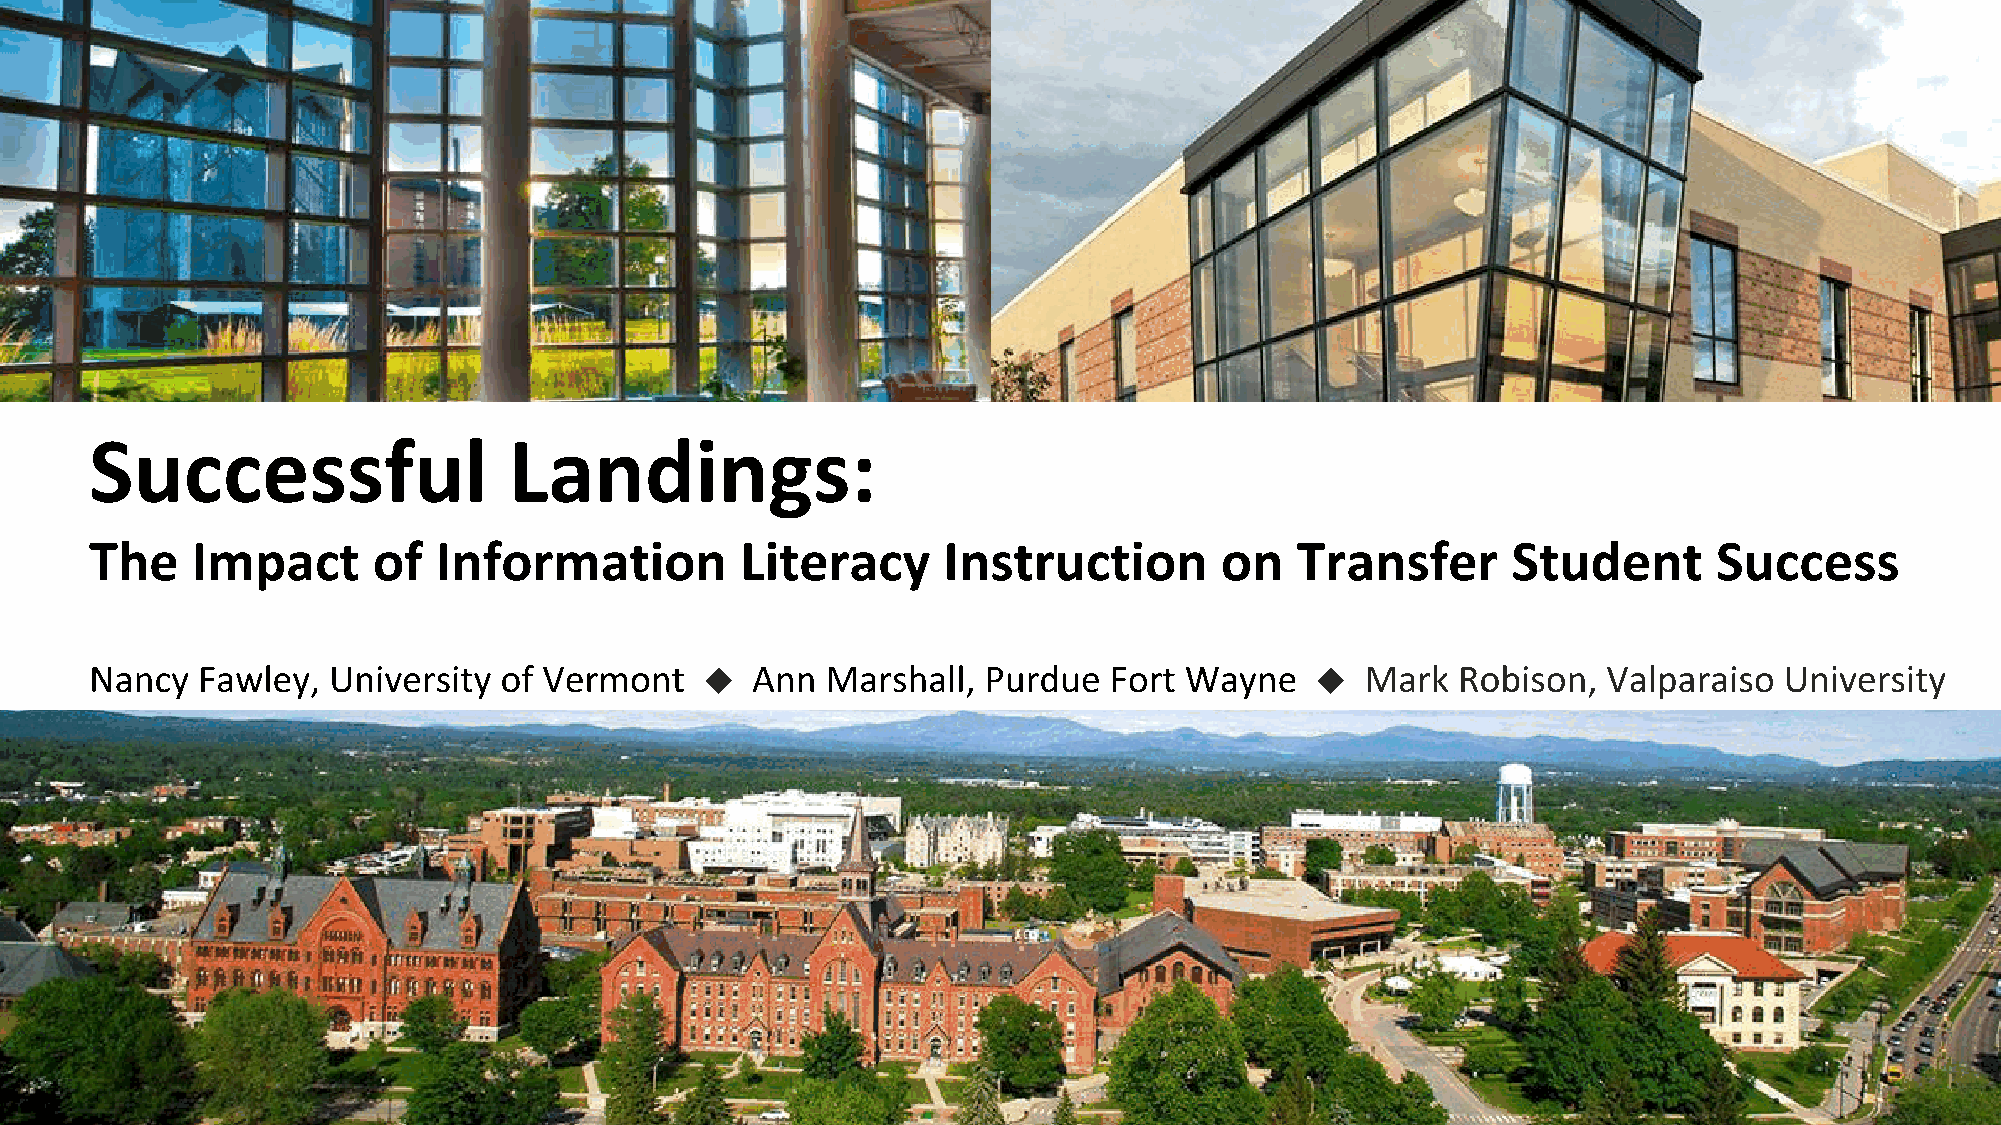
◆                                       ◆